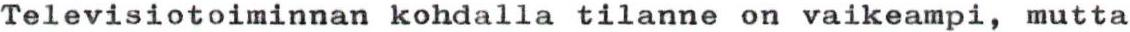
Televisiotoiminnan kohdalla tilanne on vaikeampi, mutta